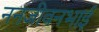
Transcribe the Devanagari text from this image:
ननजीवनभाई